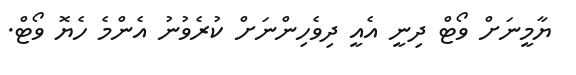
ޔާމީނަށް ވޯޓް ދިނީ އެއީ ދިވެހިންނަށް ކުރެވުނު އެންމެ ހެޔޮ ވޯޓް.